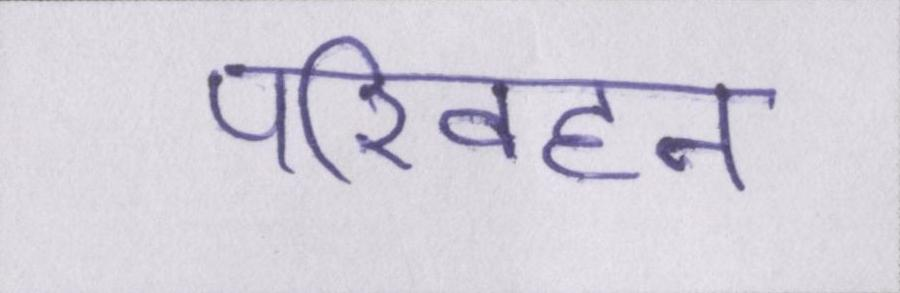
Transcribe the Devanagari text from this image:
परिवहन